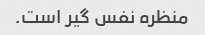
منظره نفس گیر است.